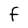
Character: F